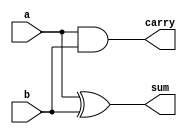
`timescale 1ns / 1ps

module half_adder(
    input a,b,
    output sum,carry
    );
    assign sum=a^b;
    assign carry=a&b;
endmodule

module vedic_mul_2_2(
    input [1:0] a,b,
    output [3:0] out
    );

    wire [3:0] w;

    and m1(out[0],a[0],b[0]);
    and m2(w[0],a[0],b[1]);
    and m3(w[1],a[1],b[0]);
    and m4(w[2],a[1],b[1]);
    
    half_adder ha1(w[0],w[1],out[1],w[3]);
    half_adder ha2(w[3],w[2],out[2],out[3]);

endmodule